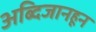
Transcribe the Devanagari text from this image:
अब्दिजानहून